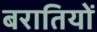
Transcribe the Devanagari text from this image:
बरातियों